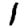
Digit: 1